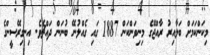
މިކަންކަމަށް ބަލާއިރު ރާއްޖޭގެ މިނިވަންކަން 1887 ގައި ގެއްލުނޭ ބުނަން ދައްޗެވެ. އިނގިރޭސީންގެ